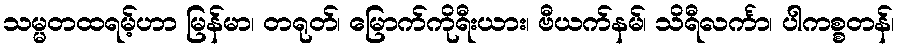
သမ္မတထရမ့်ဟာ မြန်မာ၊ တရုတ်၊ မြောက်ကိုရီးယား၊ ဗီယက်နမ်၊ သိရီလင်္ကာ၊ ပါကစ္စတန်၊